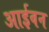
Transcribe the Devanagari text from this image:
आईवन